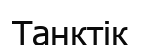
Танктік